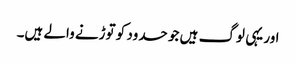
اور یہی لوگ ہیں جو حدود کو توڑنے والے ہیں۔